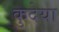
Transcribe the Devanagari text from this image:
कुदेया